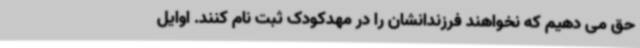
حق می دهیم که نخواهند فرزندانشان را در مهدکودک ثبت نام کنند. اوایل